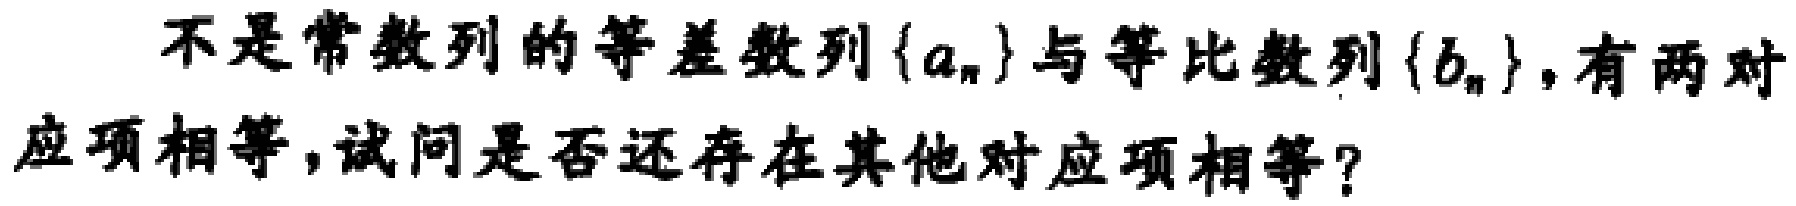
不是常数列的等差数列\(\{a_{n}\}\)与等比数列\(\{b_{n}\}\)，有两对应项相等，试问是否还存在其他对应项相等？